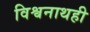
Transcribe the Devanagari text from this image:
विश्वनाथही